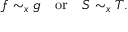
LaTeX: f \sim _ { x } g \quad { \mathrm { o r } } \quad S \sim _ { x } T .